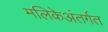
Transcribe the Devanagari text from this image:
मलिकेअंतर्गत